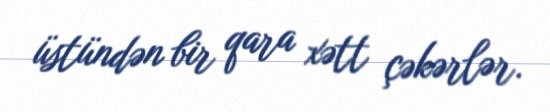
üstündən bir qara xətt çəkərlər.